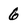
Character: 6